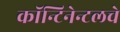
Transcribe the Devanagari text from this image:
कॉन्टिनेन्टलचे